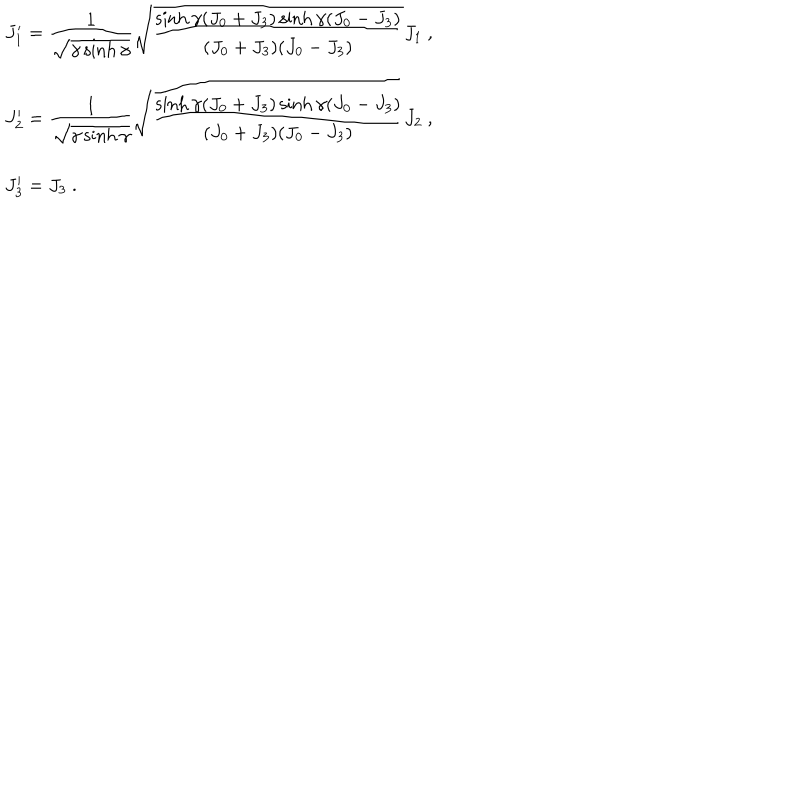
LaTeX: \begin{array} { l } { { J _ { 1 } ^ { \prime } = \displaystyle \frac { 1 } { \sqrt { \gamma \sinh \gamma } } \sqrt { \displaystyle \frac { \sinh \gamma ( J _ { 0 } + J _ { 3 } ) \sinh \gamma ( J _ { 0 } - J _ { 3 } ) } { ( J _ { 0 } + J _ { 3 } ) ( J _ { 0 } - J _ { 3 } ) } } J _ { 1 } ~ , } } \\ { { J _ { 2 } ^ { \prime } = \displaystyle \frac { 1 } { \sqrt { \gamma \sinh \gamma } } \sqrt { \displaystyle \frac { \sinh \gamma ( J _ { 0 } + J _ { 3 } ) \sinh \gamma ( J _ { 0 } - J _ { 3 } ) } { ( J _ { 0 } + J _ { 3 } ) ( J _ { 0 } - J _ { 3 } ) } } J _ { 2 } ~ , } } \\ { { J _ { 3 } ^ { \prime } = J _ { 3 } ~ . } } \\ \end{array}